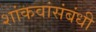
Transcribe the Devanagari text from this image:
शांकवांसंबंधी